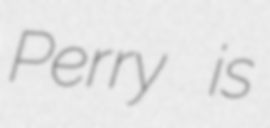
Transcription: Perry is